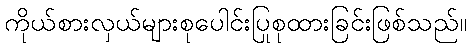
ကိုယ်စားလှယ်များစုပေါင်းပြုစုထားခြင်းဖြစ်သည်။